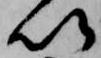
以